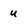
Character: u